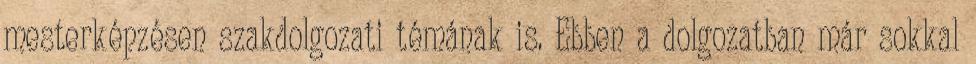
mesterképzésen szakdolgozati témának is. Ebben a dolgozatban már sokkal